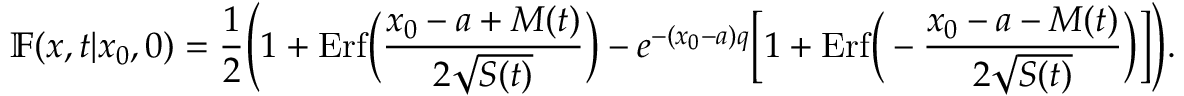
\mathbb { F } ( x , t | x _ { 0 } , 0 ) = \frac { 1 } { 2 } \Bigg ( 1 + \mathrm { E r f } \Big ( \frac { x _ { 0 } - a + M ( t ) } { 2 \sqrt { S ( t ) } } \Big ) - e ^ { - ( x _ { 0 } - a ) q } \bigg [ 1 + \mathrm { E r f } \Big ( - \frac { x _ { 0 } - a - M ( t ) } { 2 \sqrt { S ( t ) } } \Big ) \bigg ] \Bigg ) .